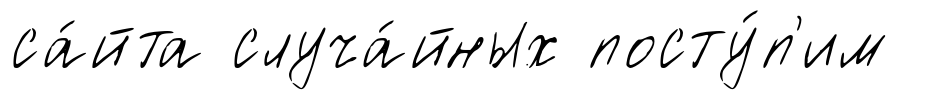
са́йта случа́йных посту́п'им